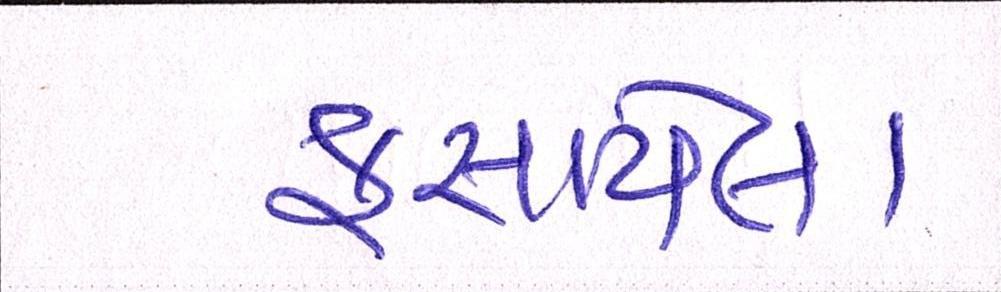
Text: ફસાયેલા